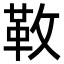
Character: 𩉩